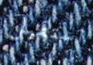
استقبل